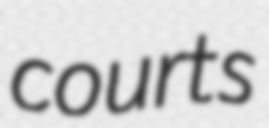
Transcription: courts